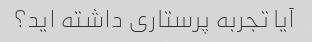
آیا تجربه پرستاری داشته اید؟